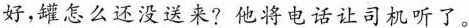
好，罐怎么还没送来?他将电话让司机听了。